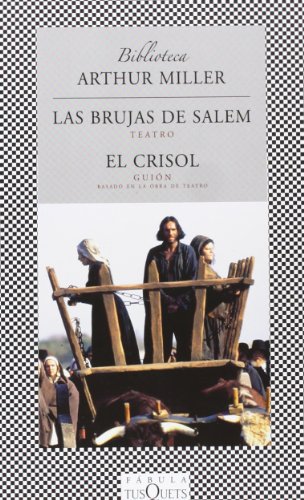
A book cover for Las Brujas De Salem, El Crisol / The Salem Witches,The Crucible (Spanish Edition); Arthur Miller; Humor & Entertainment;